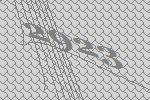
2923